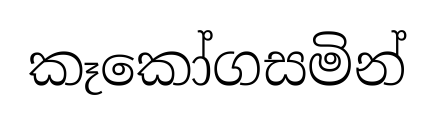
කෑකෝගසමින්